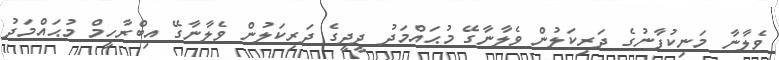
ވެލާނާ މަނިކުފާނުގެ ދަރިކަލުން ވެލާނާގޭ މުޙައްމަދު ދީދީގެ ދަރިކަލުން ވެލާނާގޭ އިބްރާހީމް މުޙައްމަދު